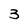
Character: 3